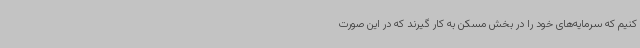
کنیم که سرمایه‌های خود را در بخش مسکن به کار گیرند که در این صورت